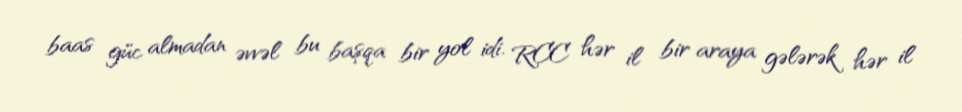
baas güc almadan əvvəl bu başqa bir yol idi. RCC hər il bir araya gələrək hər il